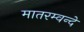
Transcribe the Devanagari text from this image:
मातरम्वन्दे